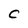
Character: C